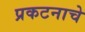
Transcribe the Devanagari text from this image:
प्रकटनाचे